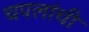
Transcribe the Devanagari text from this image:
चपलांची